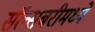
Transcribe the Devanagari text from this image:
सॅल्सबरीमध्ये